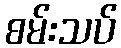
စမ်းသပ်